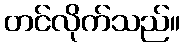
တင်လိုက်သည်။